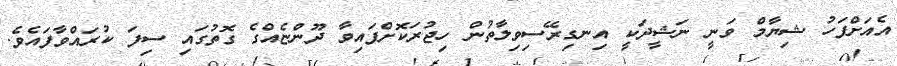
އެއަށްފަހު ޝިޔާމް ވަނީ ނަޝީދަކީ އިނގިރޭސިވިލާތުން ހިޖުރަކޮށްފައިވާ ދޫންޏެއްގެ ގޮތުގައި ސިފަ ކުރައްވާފައެވެ.